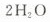
2H_{2}O